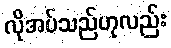
လိုအပ်သည်ဟုလည်း